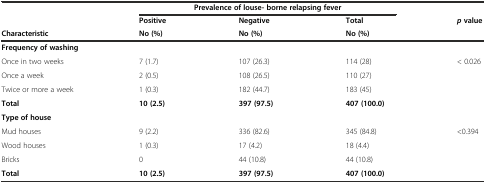
|  | <COLSPAN=3> Prevalence of louse- borne relapsing fever |  |
 |  | Positive | Negative | Total | <ROWSPAN=2> pvalue |
 | Characteristic | No (%) | No (%) | No (%) |
 | --- | --- | --- | --- | --- |
 | Frequency of washing |  |  |  |  |
 | Once in two weeks | 7 (1.7) | 107 (26.3) | 114 (28) | <ROWSPAN=5> < 0.026 |
 | Once a week | 2 (0.5) | 108 (26.5) | 110 (27) |
 | Twice or more a week | 1 (0.3) | 182 (44.7) | 183 (45) |
 | Total | 10 (2.5) | 397 (97.5) | 407 (100.0) |
 | Type of house |  |  |  |
 | Mud houses | 9 (2.2) | 336 (82.6) | 345 (84.8) | <ROWSPAN=4> <0.394 |
 | Wood houses | 1 (0.3) | 17 (4.2) | 18 (4.4) |
 | Bricks | 0 | 44 (10.8) | 44 (10.8) |
 | Total | 10 (2.5) | 397 (97.5) | 407 (100.0) |